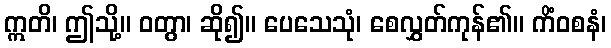
ဣတိ၊ ဤသို့။ ဝတွာ၊ ဆို၍။ ပေသေသုံ၊ စေလွှတ်ကုန်၏။ ကိံဝစနံ၊